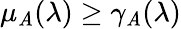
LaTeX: \mu_{\mathit{A}}(\lambda)\geq\gamma_{\mathit{A}}(\lambda)